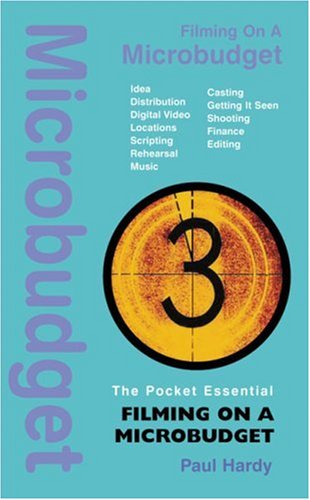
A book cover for Filming on a Microbudget (Pocket Essential series); Paul Hardy; Humor & Entertainment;